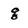
Character: g